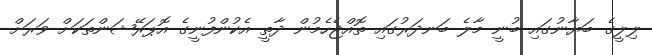
ލިލީގެ ބަޔާނުގައި ބުނީ މާލެ ބަނދަރުގައި ތޮއްޖެހެމުން ދާތީ އެކުންފުނީގެ އޮޕަރޭޝަންތަކަށް ވަރަށް